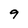
Character: 9